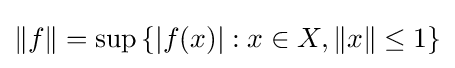
\|f\|=\sup \left\{|f(x)|:x\in X,\|x\|\leq 1\right\}